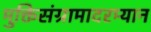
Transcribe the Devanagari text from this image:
मुक्तिसंग्रामादरम्यान